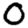
Digit: 0